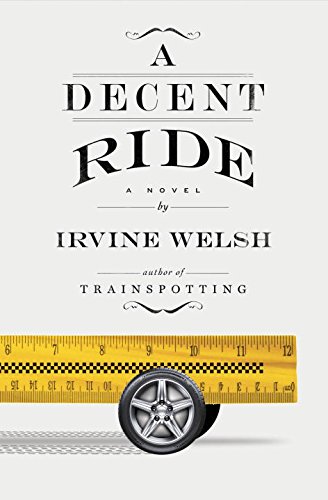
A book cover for A Decent Ride: A Novel; Irvine Welsh; Literature & Fiction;